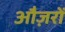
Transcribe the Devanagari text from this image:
औज़रों